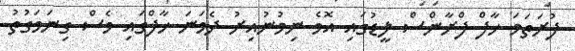
ފުރަތަމަ ހާފް ފްރާންސް ލީޑުގައި އޮވެ ނިމުނުއިރު ދެވަނަ ހާފްގައި ވެސް ގިނަވަގުތު